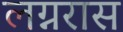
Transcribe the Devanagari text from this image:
लग्नरास